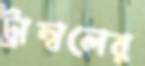
ট্রাম্বলের